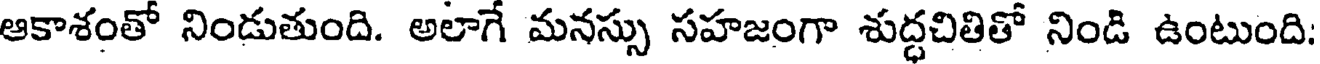
ఆకాశంతో నిండుతుంది. అలాగే మనస్సు సహజంగా శుద్ధచితితో నిండి ఉంటుంది